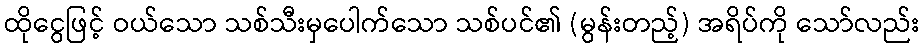
ထိုငွေဖြင့် ဝယ်သော သစ်သီးမှပေါက်သော သစ်ပင်၏ (မွန်းတည့်) အရိပ်ကို သော်လည်း